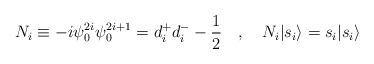
\begin{align*}N_i \equiv -i \psi_{0}^{2i} \psi_{0}^{2i+1} = d_{i}^{+} d_{i}^{-} -\frac{1}{2}~~~,~~~N_i |{s_i} \rangle = s_i |{s_i}\rangle\end{align*}